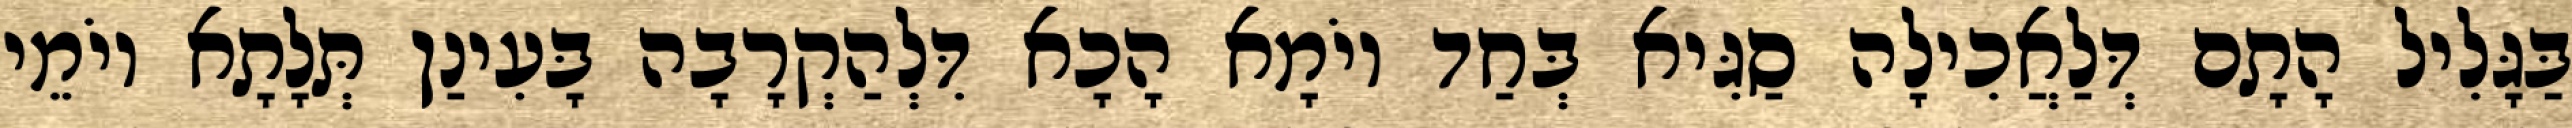
בַּגָּלִיל הָתָם דְּלַאֲכִילָה סַגִּיא בְּחַד יוֹמָא הָכָא דִּלְהַקְרָבָה בָּעִינַן תְּלָתָא יוֹמֵי